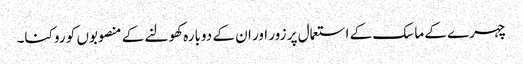
چہرے کے ماسک کے استعمال پر زور اور ان کے دوبارہ کھولنے کے منصوبوں کو روکنا۔